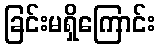
ခြင်းမရှိကြောင်း